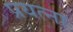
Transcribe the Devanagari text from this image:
प्रयत्ना